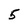
Character: 5